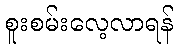
စူးစမ်းလေ့လာရန်